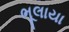
ભૂલાયા